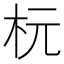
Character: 杬